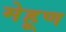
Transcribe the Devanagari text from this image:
मेहूण